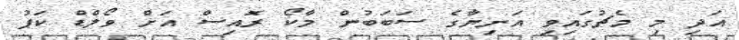
އަދި މި މެޗުގައިވި އަނިޔާގެ ސަބަބުން މާކޯ ރަޮއިސް އަށް ވޯލްޑް ކަޕު